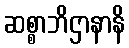
ဆစ္စာဘိဌာနာနိ